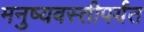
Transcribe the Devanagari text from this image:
मनुष्यवस्तीपर्यंत